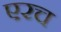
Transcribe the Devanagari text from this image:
एरच